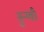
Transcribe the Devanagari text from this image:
नुन्ग्वी